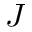
{ J }